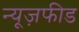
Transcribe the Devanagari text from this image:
न्यूज़फीड